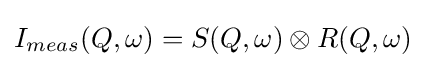
I_{meas}(Q,\omega )=S(Q,\omega )\otimes R(Q,\omega )